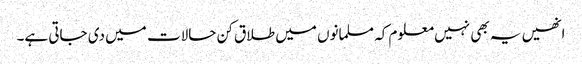
انھیں یہ بھی نہیں معلوم کہ مسلمانوں میں طلاق کن حالات میں دی جاتی ہے۔